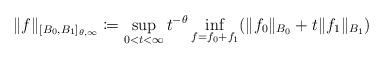
LaTeX: \begin{align*}\|f\|_{[B_0,B_1]_{\theta,\infty}} \coloneqq \sup_{0 < t < \infty} t^{-\theta} \inf_{f = f_0 + f_1} (\|f_0\|_{B_0} + t \|f_1\|_{B_1} )\end{align*}